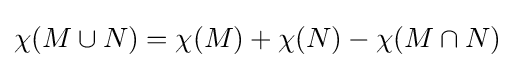
\chi (M\cup N)=\chi (M)+\chi (N)-\chi (M\cap N)